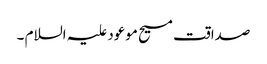
صداقت مسیح موعود علیہ السلام ۔